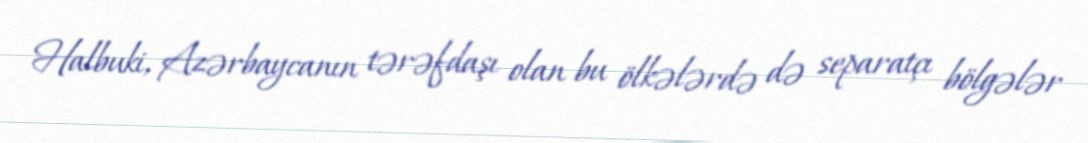
Halbuki, Azərbaycanın tərəfdaşı olan bu ölkələrdə də separatçı bölgələr